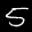
Label: 5